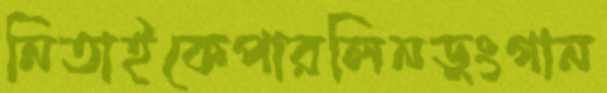
নিতাইকেপারলিনডুংগান